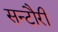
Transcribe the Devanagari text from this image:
सन्टौरी